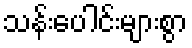
သန်းပေါင်းများစွာ